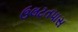
ઉલટતપાસ